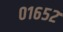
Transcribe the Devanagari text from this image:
०१६५२